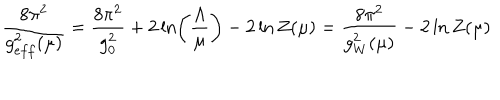
LaTeX: \frac { 8 \pi ^ { 2 } } { g _ { e f f } ^ { 2 } ( \mu ) } = \frac { 8 \pi ^ { 2 } } { g _ { 0 } ^ { 2 } } + 2 \ln \left( \frac { \Lambda } { \mu } \right) - 2 \ln Z ( \mu ) = \frac { 8 \pi ^ { 2 } } { g _ { W } ^ { 2 } ( \mu ) } - 2 \ln Z ( \mu )